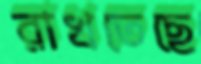
রাখতেছে